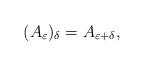
LaTeX: \begin{align*}(A_{\varepsilon})_\delta = A_{\varepsilon + \delta},\end{align*}